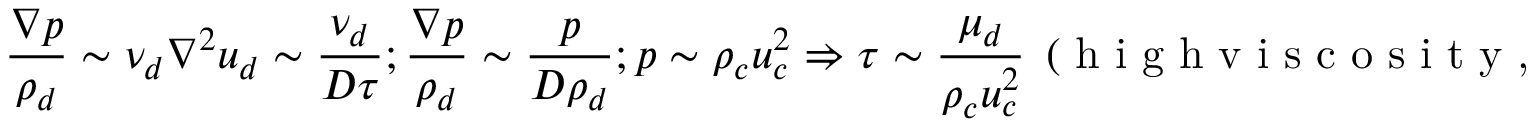
\frac { \nabla p } { \rho _ { d } } \sim \nu _ { d } \nabla ^ { 2 } u _ { d } \sim \frac { \nu _ { d } } { D \tau } ; \frac { \nabla p } { \rho _ { d } } \sim \frac { p } { D \rho _ { d } } ; p \sim \rho _ { c } u _ { c } ^ { 2 } \Rightarrow \tau \sim \frac { \mu _ { d } } { \rho _ { c } u _ { c } ^ { 2 } } ~ ~ ( \textrm { h i g h v i s c o s i t y , h i g h s p e e d } )